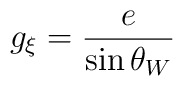
g_\xi = {e \over \sin \theta_W }